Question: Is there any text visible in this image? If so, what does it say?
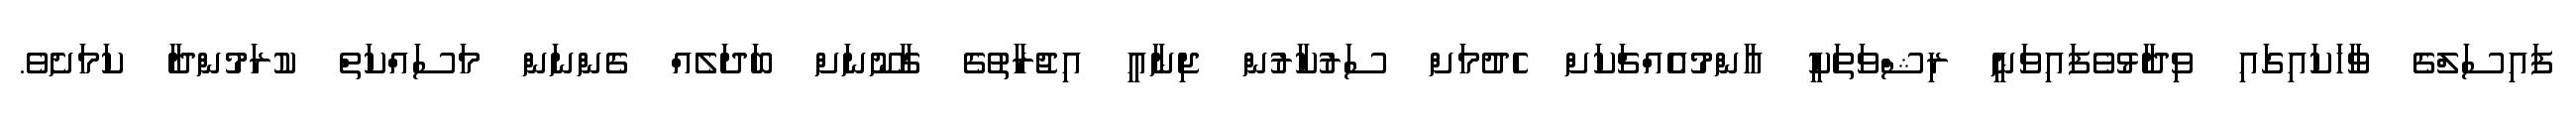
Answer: ފައިސަލްގެ ވާހަކައިގައި ވިދާޅުވެފައިވަނީ ރިޝްވަތަކީ އާންމުއެއްޗަކަށް ހެދުމަށް ސަރުކާރުން ޖިނާއީ އިޖުރާތުގެ ގާނޫނަށް ބަދަލެއް ގެންނަން މަސައްކަތް ކުރަމުންދާ ކަމަށެވެ.